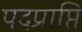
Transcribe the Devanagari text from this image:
पदप्राप्ति